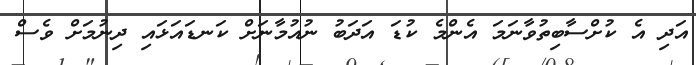
އަދި އެ ކުށްސާބިތުވާާނަމަ އެންމެ ކުޑަ އަދަބު ނުއުމާނަށް ކަނޑައަޅައި ދިނުމަށް ވެސް